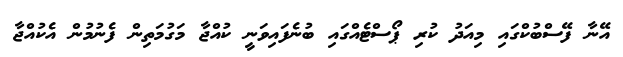
އޭނާ ފޭސްބުކްގައި މިއަދު ކުރި ޕޯސްޓެއްގައި ބުނެފައިވަނީ ކުއްޖާ މަގުމަތިން ފެނުމުން އެކުއްޖާ